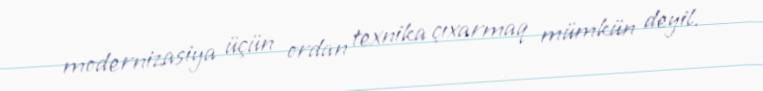
modernizasiya üçün ordan texnika çıxarmaq mümkün deyil.